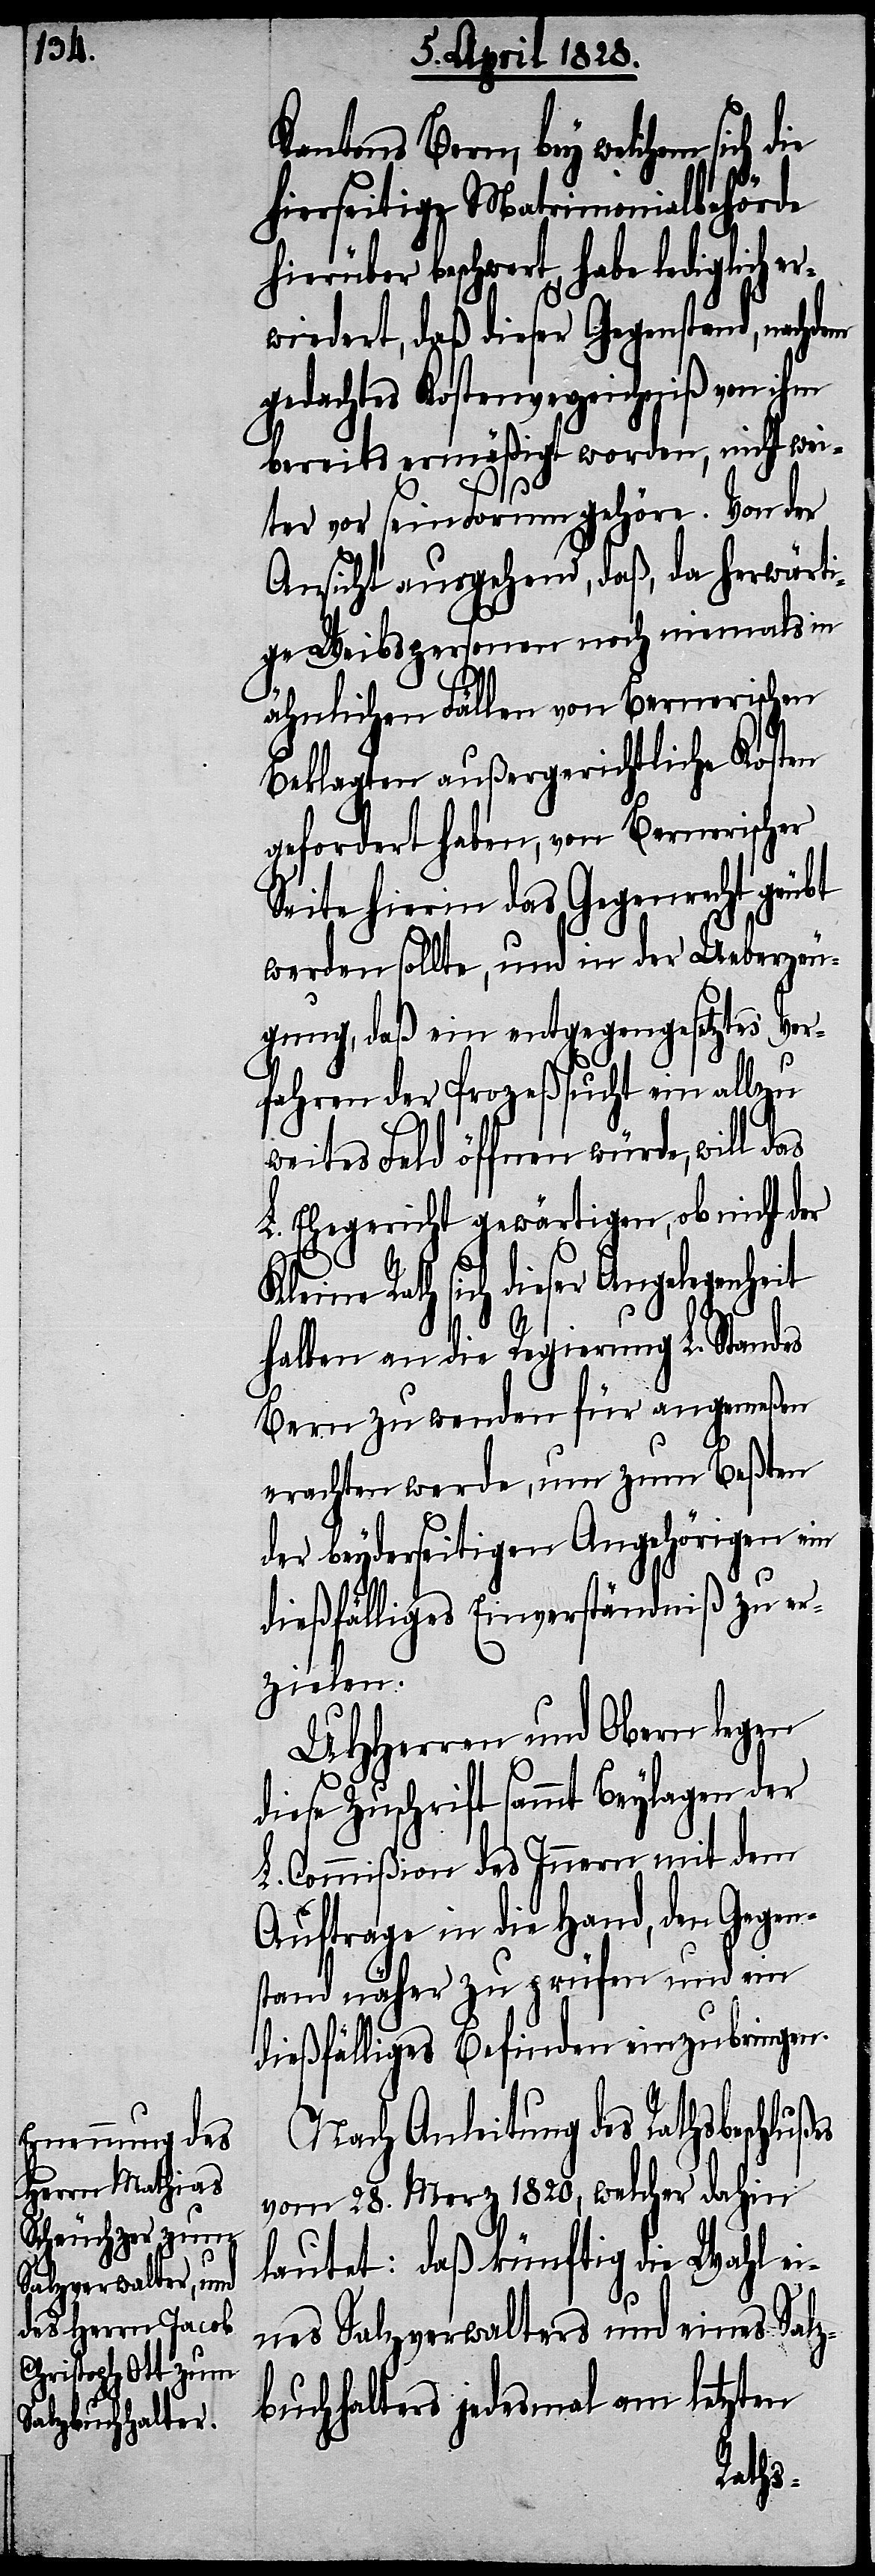
Kantons Bern, bey welchem sich
hierseitige Matrimonialbehörde
ber beschwert, habe lediglich e¬
rwiedert, daß dieser Gegenstand, nachdem
gedachtes Kostenverzeichniß von ihm
bereits ermäßigt worden, nicht wei¬
ter vor sein Forum gehöre. Von der
Ansicht ausgehend, daß, da herwärti¬
ge Weibspersonen noch niemals in
ähnlichen Fällen von Bernerischen
Beklagten außergerichtliche Kosten
gefordert haben, von Bernerischer
Seite hierin das Gegenrecht geübt
werden sollte, und in der Ueberzeu¬
gung, daß ein entgegengesetztes Ver¬
fahren der Prozeßsucht ein allzu
weites Feld öffnen würde, weil das
L. Ehegericht gewärtigen, ob nicht der
ich dieser Angelegenheit
halben an die Regierung L. Standes
Bern zu wenden für angemeßen
erachten werde, um zum Beßten
der beyderseitigen Angehörigen ein
dießfälliges Einverständniß zu er¬
zielen.
UHHerren und Obern legen
diese Zuschrift sammt Beylagen der
L. Commißion des Innern mit dem
Auftrage in die Hand, den Gegen¬
stand näher zu prüfen und ein
dießfälliges Befinden einzubringen.
Nach Anleitung des Rathsbeschlußes
vom 28. Merz 1820, welcher dahin
lautet: daß künftig die Wahl ei¬
nes Salzverwalters und eines Salz¬
buchhalters jedesmal am letzten
Rath s¬